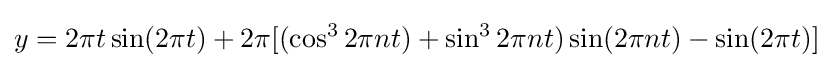
y=2\pi t\sin(2\pi t)+2\pi [(\cos ^{3}2\pi nt)+\sin ^{3}2\pi nt)\sin(2\pi nt)-\sin(2\pi t)]